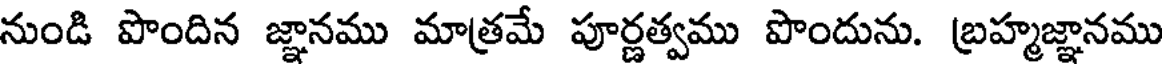
నుండి పొందిన జ్ఞానము మాత్రమే పూర్ణత్వము పొందును. బ్రహ్మజ్ఞానము